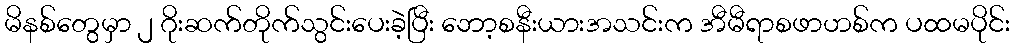
မိနစ်တွေမှာ ၂ ဂိုးဆက်တိုက်သွင်းပေးခဲ့ပြီး ဘော့စနီးယားအသင်းက အီမီရာစဖာဟစ်က ပထမပိုင်း